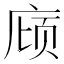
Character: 庼